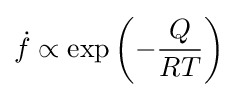
{\dot {f}}\propto \exp \left(-{\frac {Q}{RT}}\right)